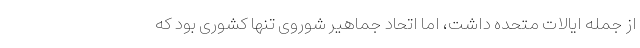
از جمله ایالات متحده داشت، اما اتحاد جماهیر شوروی تنها کشوری بود که